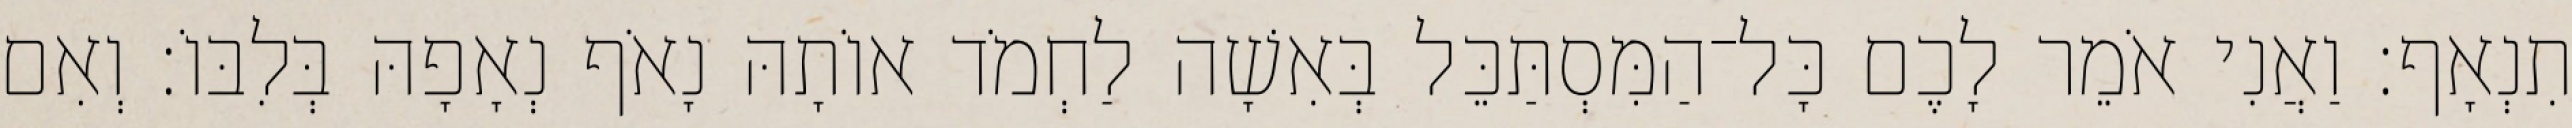
תִנְאָף׃ וַאֲנִי אֹמֵר לָכֶם כָּל־הַמִּסְתַּכֵּל בְּאִשָׁה לַחְמֹד אוֹתָהּ נָאֹף נְאָפָהּ בְּלִבּוֹ׃ וְאִם